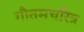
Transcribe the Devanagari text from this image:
गौतमचरित्र